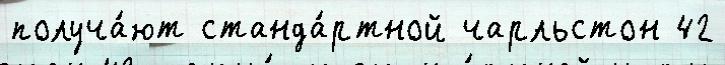
получа́ют станда́ртной чарльстон 42